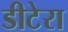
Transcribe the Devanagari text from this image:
डीटेरा